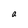
Character: a